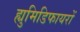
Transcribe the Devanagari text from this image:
ह्युमिडिफायरों